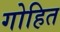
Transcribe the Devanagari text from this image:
गोहित